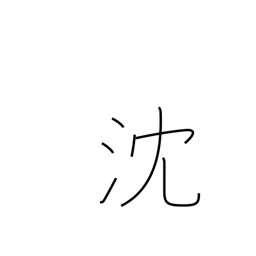
Meaning: be depressed